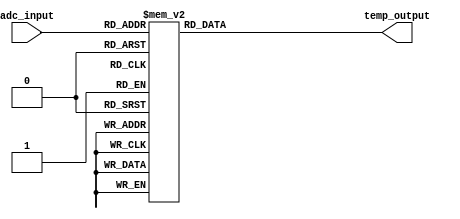
module thermal_encoder (
    input [3:0] adc_input,  // 4-bit ADC input representing temperature
    output reg [3:0] temp_output // 4-bit binary output representing temperature
);

// Combinational logic to map ADC input to temperature output
always @(*) begin
    case (adc_input)
        4'b0000: temp_output = 4'b0000; // 0V - 0.25V -> 0C
        4'b0001: temp_output = 4'b0001; // 0.26V - 0.50V -> 1C
        4'b0010: temp_output = 4'b0010; // 0.51V - 0.75V -> 2C
        4'b0011: temp_output = 4'b0011; // 0.76V - 1.00V -> 3C
        4'b0100: temp_output = 4'b0100; // 1.01V - 1.25V -> 4C
        4'b0101: temp_output = 4'b0101; // 1.26V - 1.50V -> 5C
        4'b0110: temp_output = 4'b0110; // 1.51V - 1.75V -> 6C
        4'b0111: temp_output = 4'b0111; // 1.76V - 2.00V -> 7C
        4'b1000: temp_output = 4'b1000; // 2.01V - 2.25V -> 8C
        4'b1001: temp_output = 4'b1001; // 2.26V - 2.50V -> 9C
        4'b1010: temp_output = 4'b1010; // 2.51V - 2.75V -> 10C
        4'b1011: temp_output = 4'b1011; // 2.76V - 3.00V -> 11C
        4'b1100: temp_output = 4'b1100; // 3.01V - 3.25V -> 12C
        4'b1101: temp_output = 4'b1101; // 3.26V - 3.50V -> 13C
        4'b1110: temp_output = 4'b1110; // 3.51V - 3.75V -> 14C
        4'b1111: temp_output = 4'b1111; // 3.76V - 4.00V -> 15C
        default: temp_output = 4'b0000; // Default case (safety)
    endcase
end

endmodule